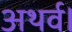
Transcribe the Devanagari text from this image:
अथर्व।